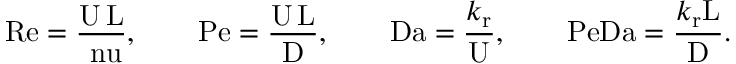
\mathrm { R e } = \frac { \mathrm { U } \, \mathrm { L } } { \mathrm { \ n u } } , \qquad \mathrm { P e } = \frac { \mathrm { U } \, \mathrm { L } } { \mathrm { D } } , \qquad \mathrm { D a } = \frac { k _ { \mathrm { r } } } { \mathrm { U } } , \qquad \mathrm { P e D a } = \frac { k _ { \mathrm { r } } \mathrm { L } } { \mathrm { D } } .